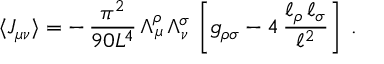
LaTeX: \langle J _ { \mu \nu } \rangle = - \, \frac { \pi ^ { 2 } } { 9 0 L ^ { 4 } } \, \Lambda _ { \mu } ^ { \rho } \, \Lambda _ { \nu } ^ { \sigma } \, \left[ g _ { \rho \sigma } - 4 \, \frac { \ell _ { \rho } \, \ell _ { \sigma } } { \ell ^ { 2 } } \right] \; .